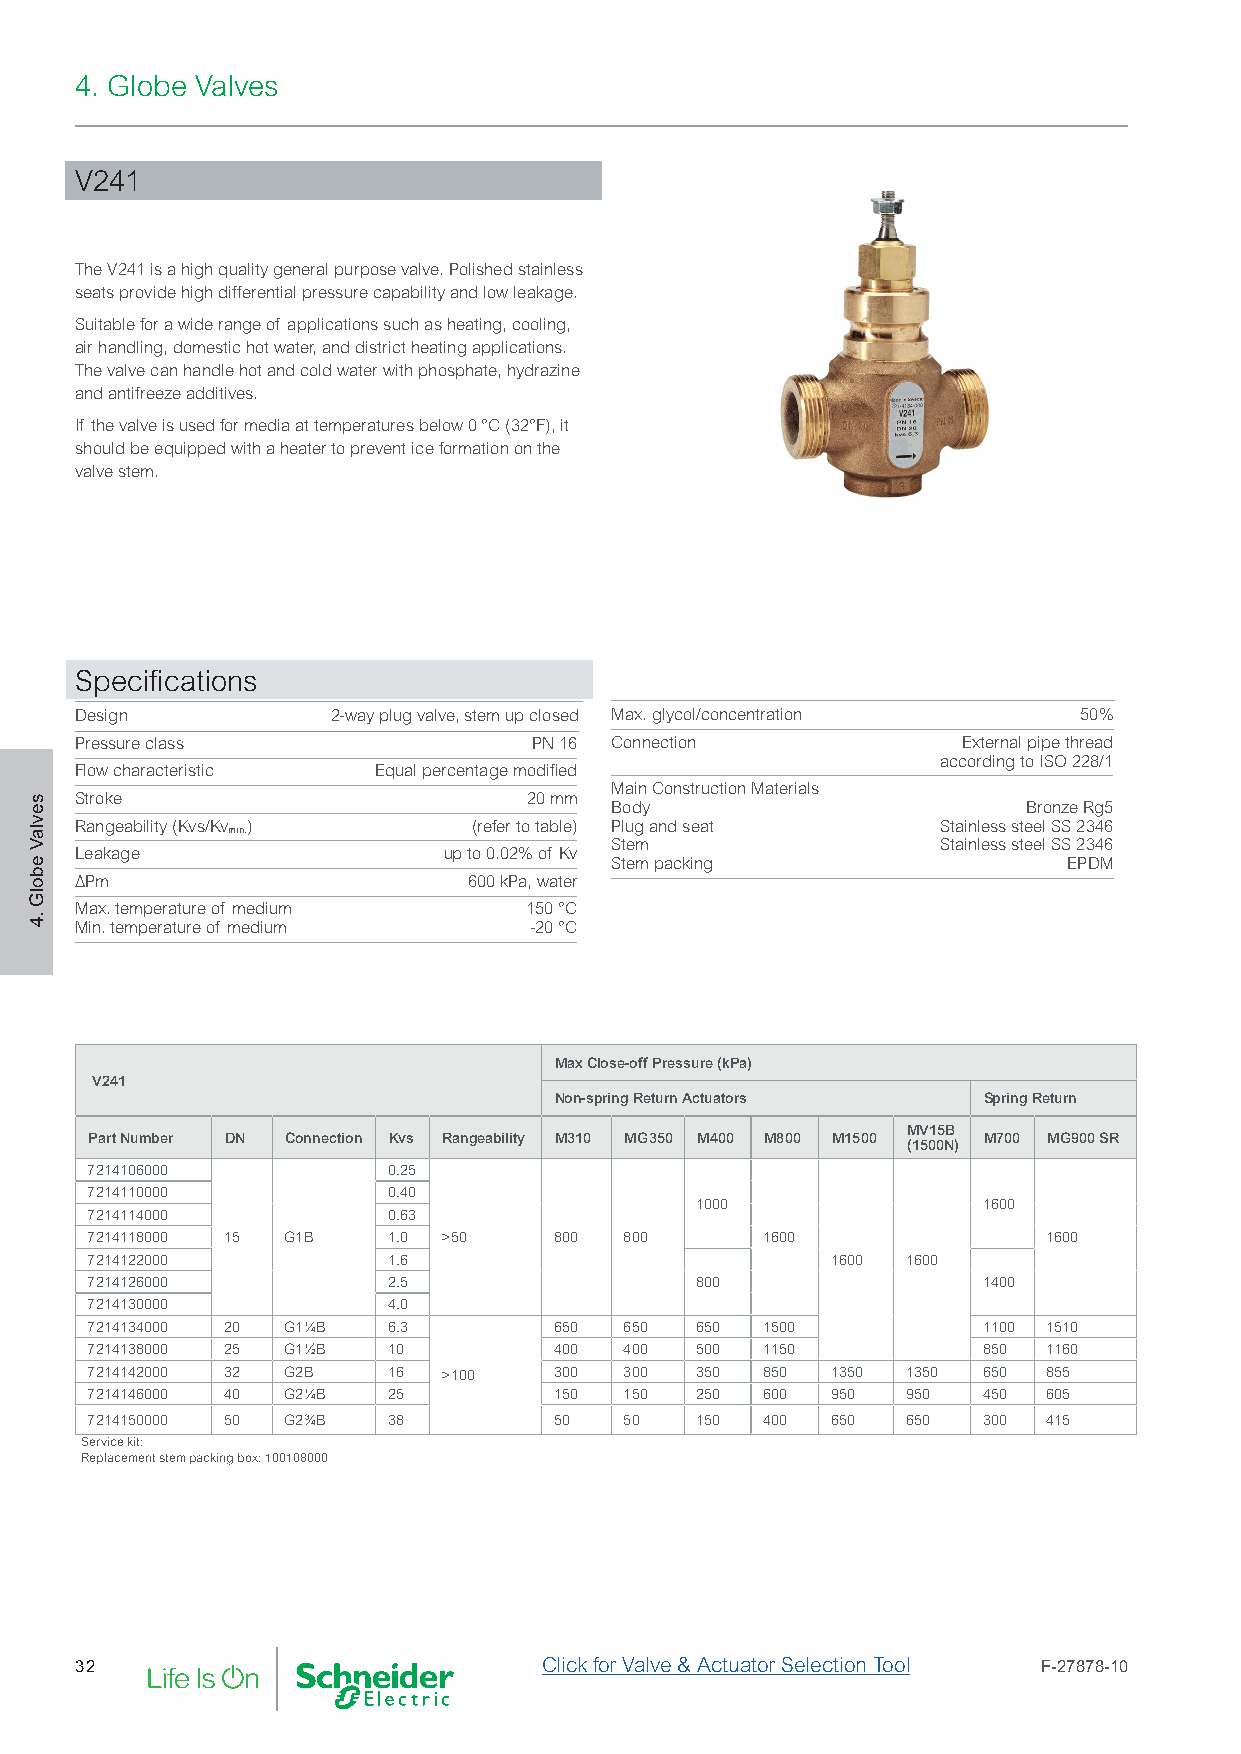
4. Globe Valves
 V241
 The V241 is a high quality general purpose valve. Polished stainless
 seats provide high differential pressure capability and low leakage.
 Suitable for a wide range of applications such as heating, cooling,
 air handling, domestic hot water, and district heating applications.
 The valve can handle hot and cold water with phosphate, hydrazine
 and antifreeze additives.
 If the valve is used for media at temperatures below 0 °C (32°F), it
 should be equipped with a heater to prevent ice formation on the
 valve stem.
 Specifications
 Design           2-way plug valve, stem up closed Max. glycol/concentration 50%
 Pressure class                PN 16 Connection             External pipe thread
 according to ISO 228/1
 Flow characteristic Equal percentage modified
 Main Construction Materials
 Stroke                        20 mm Body                       Bronze Rg5
 Rangeability (Kvs/Kv )    (refer to table) Plug and seat Stainless steel SS 2346
 min.
 Stem                  Stainless steel SS 2346
 Leakage                 up to 0.02% of Kv
 Stem packing                   EPDM
 ∆Pm                       600 kPa, water
 Max. temperature of medium    150 °C
 Min. temperature of medium    -20 °C
 Max Close-off Pressure (kPa)
 V241
 Non-spring Return Actuators Spring Return
 MV15B
 Part Number DN Connection Kvs Rangeability M310 MG350 M400 M800 M1500 M700 MG900 SR
 (1500N)
 7214106000          0.25
 7214110000          0.40
 1000               1600
 7214114000          0.63
 7214118000 15 G1B   1.0 >50    800 800      1600               1600
 7214122000          1.6                          1600 1600
 7214126000          2.5                 800                1400
 7214130000          4.0
 7214134000 20 G1¼B  6.3        650 650  650 1500           1100 1510
 7214138000 25 G1½B  10         400 400  500 1150           850 1160
 7214142000 32 G2B   16 >100    300 300  350 850  1350 1350 650 855
 7214146000 40 G2¼B  25         150 150  250 600  950  950  450 605
 7214150000 50 G2¾B  38         50  50   150 400  650  650  300 415
 Service kit:
 Replacement stem packing box: 100108000
 32                             Click for Valve & Actuator Selection Tool F-27878-10
 sevlaV
 ebolG
 .4